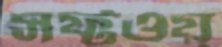
সফ্টওয়্